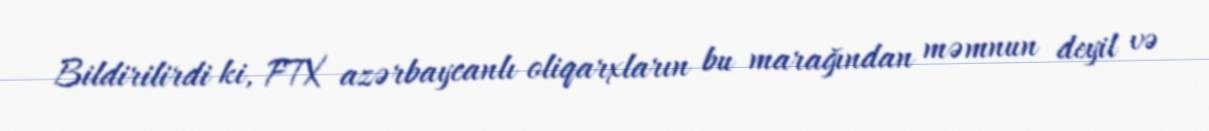
Bildirilirdi ki, FTX azərbaycanlı oliqarxların bu marağından məmnun deyil və